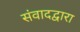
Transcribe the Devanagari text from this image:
संवादद्वारा